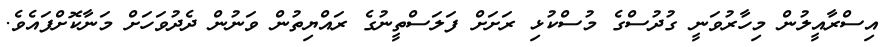
އިސްރާއީލުން މިހާރުވަނީ ގުދުސްގެ މުސްކުޅި ރަށަށް ފަލަސްތީނުގެ ރައްޔިތުން ވަނުން ދެދުވަހަށް މަނާކޮށްފައެވެ.